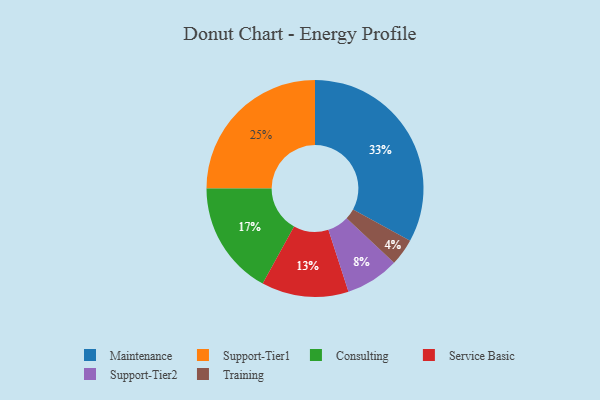
{"axis": {"x": "Category", "y": "Percentage"}, "legend": ["Consulting", "Maintenance", "Service Basic", "Support-Tier1", "Support-Tier2", "Training"], "data": [{"x": "Support-Tier2", "y": 8, "type": "Support-Tier2"}, {"x": "Maintenance", "y": 33, "type": "Maintenance"}, {"x": "Consulting", "y": 17, "type": "Consulting"}, {"x": "Training", "y": 4, "type": "Training"}, {"x": "Support-Tier1", "y": 25, "type": "Support-Tier1"}, {"x": "Service Basic", "y": 13, "type": "Service Basic"}]}